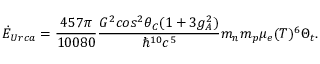
\dot { E } _ { U r c a } = { \frac { 4 5 7 \pi } { 1 0 0 8 0 } } { \frac { G ^ { 2 } c o s ^ { 2 } \theta _ { C } ( 1 + 3 g _ { A } ^ { 2 } ) } { \hbar ^ { 1 0 } c ^ { 5 } } } m _ { n } m _ { p } \mu _ { e } ( T ) ^ { 6 } \Theta _ { t } .